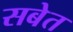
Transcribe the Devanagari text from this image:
सबेत